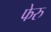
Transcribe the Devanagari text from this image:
फेरु